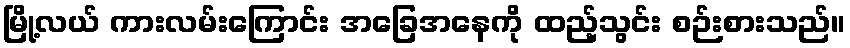
မြို့လယ် ကားလမ်းကြောင်း အခြေအနေကို ထည့်သွင်း စဉ်းစားသည်။